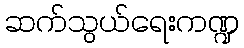
ဆက်သွယ်ရေးကဏ္ဍ